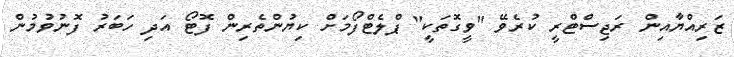
ޒަރިއްޔާއިން ރަޖިސްޓްރީ ކުރެވޭ "ވީގޮތަކީ" ޕްލެޓްފޯމަށް ކިޔުންތެރިން ފޮޓޯ އަދި ހަބަރު ފޮނުވުމުން